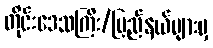
တိုင်းဒေသကြီး/ပြည်နယ်များမှ